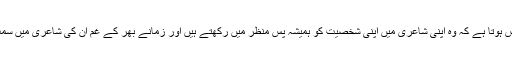
ایسا محسوس ہوتا ہے کہ وہ اپنی شاعری میں اپنی شخصیت کو ہمیشہ پس منظر میں رکھتے ہیں اور زمانے بھر کے غم ان کی شاعری میں سمٹ آئے ہیں۔